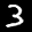
Label: 3